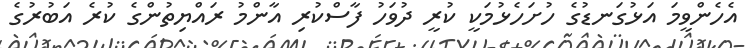
އެހެންވީމަ އަޅުގަނޑުގެ ހުށަހެޅުމަކީ ކުރީ ދުވަހު ފާސްކުރި އާންމު ރައްޔިތުންގެ ކުރެ އަބުރުގެ